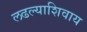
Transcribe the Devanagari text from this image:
लढल्याशिवाय